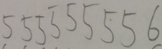
5 5 5 5 5 5 5 5 6